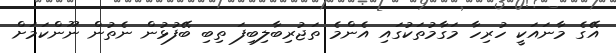
އޭގެ މާނައަކީ ހުރިހާ މަގާމުތަކުގައި އެންމެ ތަޖުރިބާލިބިފަ ތިބި ބޭފުޅުން ނެތުން ނޫންކަމަށް